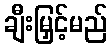
ချီးမြှင့်မည်